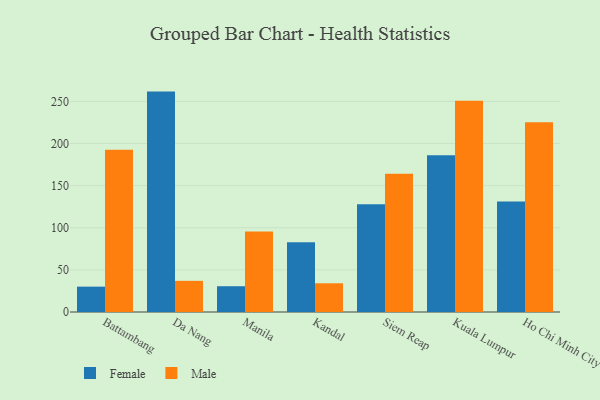
{"axis": {"x": "City", "y": "Backlog"}, "legend": ["Female", "Male"], "data": [{"x": "Battambang", "y": 30.1, "type": "Female"}, {"x": "Battambang", "y": 192.8, "type": "Male"}, {"x": "Da Nang", "y": 261.7, "type": "Female"}, {"x": "Da Nang", "y": 37.0, "type": "Male"}, {"x": "Manila", "y": 30.6, "type": "Female"}, {"x": "Manila", "y": 95.5, "type": "Male"}, {"x": "Kandal", "y": 82.7, "type": "Female"}, {"x": "Kandal", "y": 34.1, "type": "Male"}, {"x": "Siem Reap", "y": 127.8, "type": "Female"}, {"x": "Siem Reap", "y": 164.1, "type": "Male"}, {"x": "Kuala Lumpur", "y": 186.0, "type": "Female"}, {"x": "Kuala Lumpur", "y": 250.9, "type": "Male"}, {"x": "Ho Chi Minh City", "y": 131.2, "type": "Female"}, {"x": "Ho Chi Minh City", "y": 225.3, "type": "Male"}]}